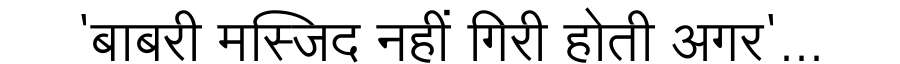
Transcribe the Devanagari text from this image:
'बाबरी मस्जिद नहीं गिरी होती अगर'...